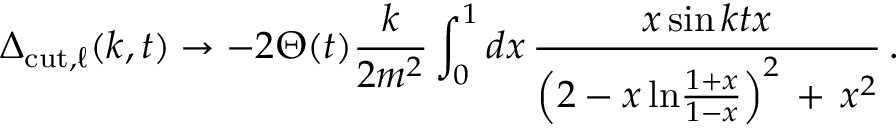
\Delta _ { \mathrm { c u t } , \ell } ( k , t ) \rightarrow - 2 \Theta ( t ) \frac { k } { 2 m ^ { 2 } } \int _ { 0 } ^ { 1 } d x \, \frac { x \sin k t x } { \left( 2 - x \, \mathrm { l n } \frac { 1 + x } { 1 - x } \right) ^ { 2 } \, + \, x ^ { 2 } } \, .